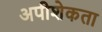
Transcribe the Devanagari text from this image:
अपीशेकता